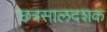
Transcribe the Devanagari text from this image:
छत्रसालदशक